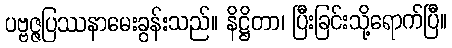
ပဗ္ဗဇ္ဇပြဿနာမေးခွန်းသည်။ နိဋ္ဌိတာ၊ ပြီးခြင်းသို့ရောက်ပြီ။